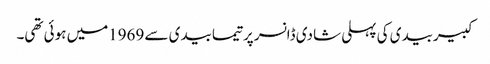
کبیربیدی کی پہلی شادی ڈانسر پرتیمابیدی سے 1969میں ہوئی تھی۔